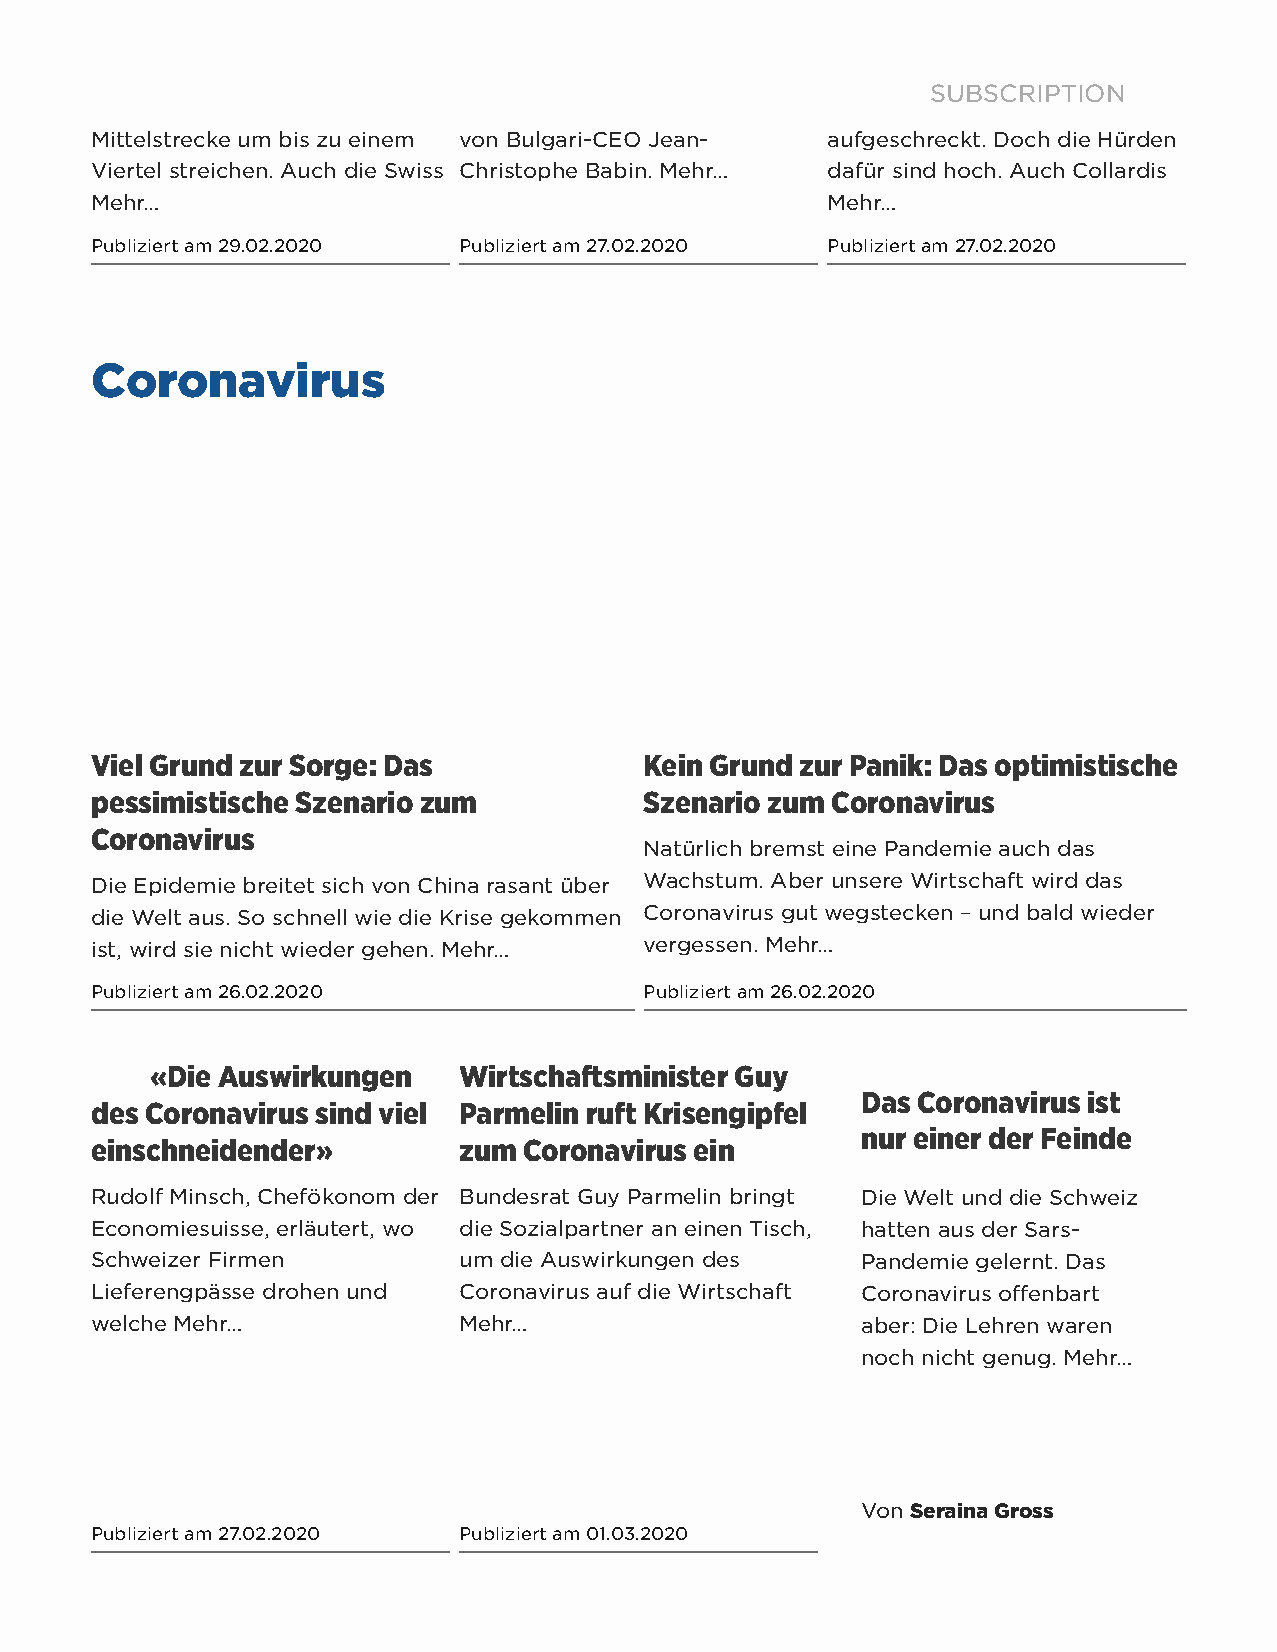
Lufthansa will wegen des Covid-19 infiziert das Geschäft – Ein mögliches Berufsverbot für
 SUBSCRIPTION
 Coronavirus die Flüge auf der vielschichtig. Eine Schilderung Boris Collardi hat Pictet
 Mittelstrecke um bis zu einem von Bulgari-CEO Jean- aufgeschreckt. Doch die Hürden
 Viertel streichen. Auch die Swiss Christophe Babin. Mehr… dafür sind hoch. Auch Collardis
 Mehr…                                            Mehr…
 Publiziert am 29.02.2020 Publiziert am 27.02.2020 Publiziert am 27.02.2020
 Coronavirus
 Viel Grund zur Sorge: Das            Kein Grund zur Panik: Das optimistische
 pessimistische Szenario zum          Szenario zum Coronavirus
 Coronavirus
 Natürlich bremst eine Pandemie auch das
 Die Epidemie breitet sich von China rasant über Wachstum. Aber unsere Wirtschaft wird das
 die Welt aus. So schnell wie die Krise gekommen Coronavirus gut wegstecken – und bald wieder
 ist, wird sie nicht wieder gehen. Mehr… vergessen. Mehr…
 Publiziert am 26.02.2020             Publiziert am 26.02.2020
 «Die Auswirkungen   Wirtschaftsminister Guy
 Das Coronavirus ist
 des Coronavirus sind viel Parmelin ruft Krisengipfel
 nur einer der Feinde
 einschneidender»        zum  Coronavirus ein
 Rudolf Minsch, Chefökonom der Bundesrat Guy Parmelin bringt Die Welt und die Schweiz
 Economiesuisse, erläutert, wo die Sozialpartner an einen Tisch, hatten aus der Sars-
 Schweizer Firmen        um die Auswirkungen des    Pandemie gelernt. Das
 Lieferengpässe drohen und Coronavirus auf die Wirtschaft Coronavirus offenbart
 welche Mehr…            Mehr…                      aber: Die Lehren waren
 noch nicht genug. Mehr…
 Von Seraina Gross
 Publiziert am 27.02.2020 Publiziert am 01.03.2020